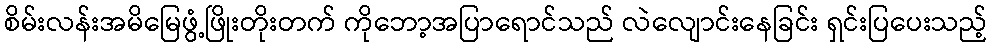
စိမ်းလန်းအမိမြေဖွံ့ဖြိုးတိုးတက် ကိုဘော့အပြာရောင်သည် လဲလျောင်းနေခြင်း ရှင်းပြပေးသည့်